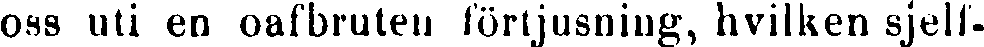
oss uti en oafbruten förtjusning, hvilken sjelf-